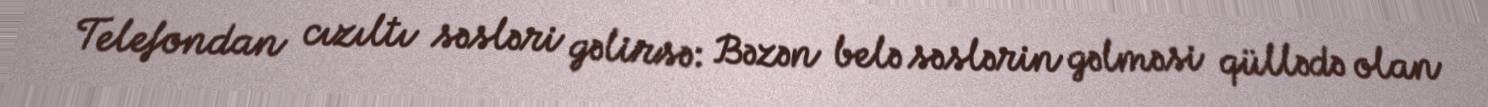
Telefondan cızıltı səsləri gəlirsə: Bəzən belə səslərin gəlməsi qüllədə olan